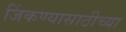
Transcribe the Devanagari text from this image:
जिंकण्यासाठीच्या